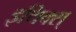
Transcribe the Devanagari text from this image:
इथिक्स्